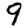
Digit: 9